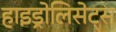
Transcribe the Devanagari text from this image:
हाइड्रोलिसेट्स